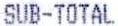
SUB-TOTAL